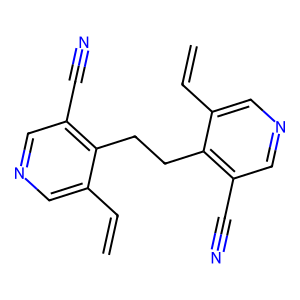
SMILES: C=Cc1cncc(C#N)c1CCc1c(C#N)cncc1C=C
Inhibits HIV replication: No